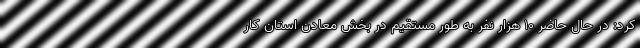
‌کرد: در حال حاضر ۱۰ هزار نفر به ‌طور مستقیم در بخش معادن استان کار